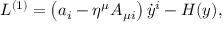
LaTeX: L ^ { ( 1 ) } = \left( a _ { i } - \eta ^ { \mu } A _ { \mu i } \right) { \dot { y } } ^ { i } - H ( y ) ,